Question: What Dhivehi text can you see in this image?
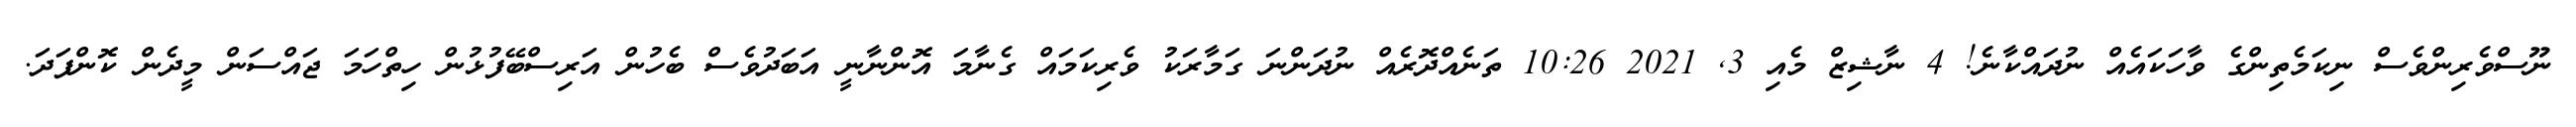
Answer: ނޫސްވެރިންވެސް ނިކަމެތިންގެ ވާހަކައެއް ނުދައްކާނެ! 4 ނާޝިޒް މެއި 3, 2021 10:26 ތަނެއްދޮރެއް ނުދަންނަ ގަމާރަކު ވެރިކަމައް ގެނާމަ އޮންނާނީ އަބަދުވެސް ބެހުން އަރިސްބޭފުޅުން ހިތްހަމަ ޖައްސަން މީދެން ކޮންފަދަ.